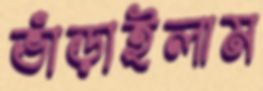
ভাঁড়াইলাম